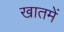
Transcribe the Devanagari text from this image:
खातमें